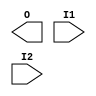
module AN2(O, I1, I2);
   output O;
   input I1, I2;
endmodule
module AN2B1(O, I1, B1);
   output O;
   input I1, B1;
endmodule
module AN2B1P(O, I1, B1);
   output O;
   input I1, B1;
endmodule
module AN2B1S(O, I1, B1);
   output O;
   input I1, B1;
endmodule
module AN2B1T(O, I1, B1);
   output O;
   input I1, B1;
endmodule
module AN2P(O, I1, I2);
   output O;
   input I1, I2;
endmodule
module AN2S(O, I1, I2);
   output O;
   input I1, I2;
endmodule
module AN2T(O, I1, I2);
   output O;
   input I1, I2;
endmodule
module AN3(O, I1, I2, I3);
   output O;
   input I1, I2, I3;
endmodule
module AN3B1(O, I1, I2, B1);
   output O;
   input I1, I2, B1;
endmodule
module AN3B1P(O, I1, I2, B1);
   output O;
   input I1, I2, B1;
endmodule
module AN3B1S(O, I1, I2, B1);
   output O;
   input I1, I2, B1;
endmodule
module AN3B1T(O, I1, I2, B1);
   output O;
   input I1, I2, B1;
endmodule
module AN3B2(O, I1, B1, B2);
   output O;
   input I1, B1, B2;
endmodule
module AN3B2P(O, I1, B1, B2);
   output O;
   input I1, B1, B2;
endmodule
module AN3B2S(O, I1, B1, B2);
   output O;
   input I1, B1, B2;
endmodule
module AN3B2T(O, I1, B1, B2);
   output O;
   input I1, B1, B2;
endmodule
module AN3P(O, I1, I2, I3);
   output O;
   input I1, I2, I3;
endmodule
module AN3S(O, I1, I2, I3);
   output O;
   input I1, I2, I3;
endmodule
module AN3T(O, I1, I2, I3);
   output O;
   input I1, I2, I3;
endmodule
module AN4(O, I1, I2, I3, I4);
   output O;
   input I1, I2, I3, I4;
endmodule
module AN4B1(O, I1, I2, I3, B1);
   output O;
   input I1, I2, I3, B1;
endmodule
module AN4B1P(O, I1, I2, I3, B1);
   output O;
   input I1, I2, I3, B1;
endmodule
module AN4B1S(O, I1, I2, I3, B1);
   output O;
   input I1, I2, I3, B1;
endmodule
module AN4B1T(O, I1, I2, I3, B1);
   output O;
   input I1, I2, I3, B1;
endmodule
module AN4P(O, I1, I2, I3, I4);
   output O;
   input I1, I2, I3, I4;
endmodule
module AN4S(O, I1, I2, I3, I4);
   output O;
   input I1, I2, I3, I4;
endmodule
module AN4T(O, I1, I2, I3, I4);
   output O;
   input I1, I2, I3, I4;
endmodule
module ANTENNA(A);
  input A;
endmodule
module AO112(O, A1, B1, C1, C2);
   output O;
   input A1, B1, C1, C2;
endmodule
module AO112P(O, A1, B1, C1, C2);
   output O;
   input A1, B1, C1, C2;
endmodule
module AO112S(O, A1, B1, C1, C2);
   output O;
   input A1, B1, C1, C2;
endmodule
module AO112T(O, A1, B1, C1, C2);
   output O;
   input A1, B1, C1, C2;
endmodule
module AO12(O, A1, B1, B2);
   output O;
   input A1, B1, B2;
endmodule
module AO12P(O, A1, B1, B2);
   output O;
   input A1, B1, B2;
endmodule
module AO12S(O, A1, B1, B2);
   output O;
   input A1, B1, B2;
endmodule
module AO12T(O, A1, B1, B2);
   output O;
   input A1, B1, B2;
endmodule
module AO13(O, A1, B1, B2, B3);
   output O;
   input A1, B1, B2, B3;
endmodule
module AO13P(O, A1, B1, B2, B3);
   output O;
   input A1, B1, B2, B3;
endmodule
module AO13S(O, A1, B1, B2, B3);
   output O;
   input A1, B1, B2, B3;
endmodule
module AO13T(O, A1, B1, B2, B3);
   output O;
   input A1, B1, B2, B3;
endmodule
module AO22(O, A1, A2, B1, B2);
   output O;
   input A1, A2, B1, B2;
endmodule
module AO222(O, A1, A2, B1, B2, C1, C2);
   output O;
   input A1, A2, B1, B2, C1, C2;
endmodule
module AO222P(O, A1, A2, B1, B2, C1, C2);
   output O;
   input A1, A2, B1, B2, C1, C2;
endmodule
module AO222S(O, A1, A2, B1, B2, C1, C2);
   output O;
   input A1, A2, B1, B2, C1, C2;
endmodule
module AO222T(O, A1, A2, B1, B2, C1, C2);
   output O;
   input A1, A2, B1, B2, C1, C2;
endmodule
module AO22P(O, A1, A2, B1, B2);
   output O;
   input A1, A2, B1, B2;
endmodule
module AO22S(O, A1, A2, B1, B2);
   output O;
   input A1, A2, B1, B2;
endmodule
module AO22T(O, A1, A2, B1, B2);
   output O;
   input A1, A2, B1, B2;
endmodule
module AOI112H(O, A1, B1, C1, C2);
   output O;
   input A1, B1, C1, C2;
endmodule
module AOI112HP(O, A1, B1, C1, C2);
   output O;
   input A1, B1, C1, C2;
endmodule
module AOI112HS(O, A1, B1, C1, C2);
   output O;
   input A1, B1, C1, C2;
endmodule
module AOI112HT(O, A1, B1, C1, C2);
   output O;
   input A1, B1, C1, C2;
endmodule
module AOI12H(O, A1, B1, B2);
   output O;
   input A1, B1, B2;
endmodule
module AOI12HP(O, A1, B1, B2);
   output O;
   input A1, B1, B2;
endmodule
module AOI12HS(O, A1, B1, B2);
   output O;
   input A1, B1, B2;
endmodule
module AOI12HT(O, A1, B1, B2);
   output O;
   input A1, B1, B2;
endmodule
module AOI13H(O, A1, B1, B2, B3);
   output O;
   input A1, B1, B2, B3;
endmodule
module AOI13HP(O, A1, B1, B2, B3);
   output O;
   input A1, B1, B2, B3;
endmodule
module AOI13HS(O, A1, B1, B2, B3);
   output O;
   input A1, B1, B2, B3;
endmodule
module AOI13HT(O, A1, B1, B2, B3);
   output O;
   input A1, B1, B2, B3;
endmodule
module AOI222H(O, A1, A2, B1, B2, C1, C2);
   output O;
   input A1, A2, B1, B2, C1, C2;
endmodule
module AOI222HP(O, A1, A2, B1, B2, C1, C2);
   output O;
   input A1, A2, B1, B2, C1, C2;
endmodule
module AOI222HS(O, A1, A2, B1, B2, C1, C2);
   output O;
   input A1, A2, B1, B2, C1, C2;
endmodule
module AOI22H(O, A1, A2, B1, B2);
   output O;
   input A1, A2, B1, B2;
endmodule
module AOI22HP(O, A1, A2, B1, B2);
   output O;
   input A1, A2, B1, B2;
endmodule
module AOI22HT(O, A1, A2, B1, B2);
   output O;
   input A1, A2, B1, B2;
endmodule
module AOI22S(O, A1, A2, B1, B2);
   output O;
   input A1, A2, B1, B2;
endmodule
module BHD1(H);
  inout H;
endmodule
module BUF1(O, I);
   output O;
   input I;
endmodule
module BUF12CK(O, I);
   output O;
   input I;
endmodule
module BUF1CK(O, I);
   output O;
   input I;
endmodule
module BUF1S(O, I);
   output O;
   input I;
endmodule
module BUF2(O, I);
   output O;
   input I;
endmodule
module BUF2CK(O, I);
   output O;
   input I;
endmodule
module BUF3(O, I);
   output O;
   input I;
endmodule
module BUF3CK(O, I);
   output O;
   input I;
endmodule
module BUF4(O, I);
   output O;
   input I;
endmodule
module BUF4CK(O, I);
   output O;
   input I;
endmodule
module BUF6(O, I);
   output O;
   input I;
endmodule
module BUF6CK(O, I);
   output O;
   input I;
endmodule
module BUF8(O, I);
   output O;
   input I;
endmodule
module BUF8CK(O, I);
   output O;
   input I;
endmodule
module BUFB1(O, I, EB);
   output O;
   input I, EB;
endmodule
module BUFB2(O, I, EB);
   output O;
   input I, EB;
endmodule
module BUFB3(O, I, EB);
   output O;
   input I, EB;
endmodule
module BUFT1(O, I, E);
   output O;
   input I, E;
endmodule
module BUFT2(O, I, E);
   output O;
   input I, E;
endmodule
module BUFT3(O, I, E);
   output O;
   input I, E;
endmodule
module BUFT4(O, I, E);
   output O;
   input I, E;
endmodule
module CMPE4(OEQ, A0, B0, A1, B1, A2, B2, A3, B3);
   input A0, B0, A1, B1, A2, B2, A3, B3;
   output OEQ;
endmodule
module CMPE4S(OEQ, A0, B0, A1, B1, A2, B2, A3, B3);
   input A0, B0, A1, B1, A2, B2, A3, B3;
   output OEQ;
endmodule
module DBFRBN(Q, QB, D, CKB, RB);
   output Q, QB;
   input D, CKB, RB;
endmodule
module DBFRSBN(Q, QB, D, CKB, RB, SB);
   output Q, QB;
   input D, CKB, RB, SB;
endmodule
module DBHRBN(Q, QB, D, CKB, RB);
   output Q, QB;
   input D, CKB, RB;
endmodule
module DBHRBS(Q, QB, D, CKB, RB);
   output Q, QB;
   input D, CKB, RB;
endmodule
module DBZRBN(Q, QB, D, TD, CKB, SEL, RB);
   output Q, QB;
   input D, CKB, TD, SEL, RB;
endmodule
module DBZRSBN(Q, QB, D, TD, CKB, SEL, RB, SB);
   output Q, QB;
   input D, TD, CKB, RB, SB, SEL;
endmodule
module DELA(O, I);
  output O;
  input I;
endmodule
module DELB(O, I);
  output O;
  input I;
endmodule
module DELC(O, I);
  output O;
  input I;
endmodule
module DFCLRBN(Q, QB, D, CK, RB, LD);
   output Q, QB;
   input D, CK, RB, LD;
endmodule
module DFCRBN(Q, QB, D, CK, RB);
   output Q, QB;
   input D, CK, RB;
endmodule
module DFFN(Q, QB, D, CK);
   output Q, QB;
   input D, CK;
endmodule
module DFFP(Q, QB, D, CK);
   output Q, QB;
   input D, CK;
endmodule
module DFFRBN(Q, QB, D, CK, RB);
   output Q, QB;
   input D, CK, RB;
endmodule
module DFFRBP(Q, QB, D, CK, RB);
   output Q, QB;
   input D, CK, RB;
endmodule
module DFFRBS(Q, QB, D, CK, RB);
   output Q, QB;
   input D, CK, RB;
endmodule
module DFFRBT(Q, QB, D, CK, RB);
   output Q, QB;
   input D, CK, RB;
endmodule
module DFFRSBN(Q, QB, D, CK, RB, SB);
   output Q, QB;
   input D, CK, RB, SB;
endmodule
module DFFS(Q, QB, D, CK);
   output Q, QB;
   input D, CK;
endmodule
module DFFSBN(Q, QB, D, CK, SB);
   output Q, QB;
   input D, CK, SB;
endmodule
module DFTRBN(Q, QZ, D, CK, RB, E);
   output QZ;
   output Q;
   input D,CK, E, RB;
endmodule
module DFTRBS(Q, QZ, D, CK, RB, E);
   output QZ;
   output Q;
   input D,CK, E, RB;
endmodule
module DFZCLRBN(Q, QB, D, TD, CK, RB, SEL, LD);
   output Q, QB;
   input D, TD, CK, RB, SEL, LD;
endmodule
module DFZCRBN(Q, QB, D, TD, CK, SEL, RB);
   output Q, QB;
   input D, TD, CK, SEL, RB;
endmodule
module DFZN(Q, QB, D, TD, CK, SEL);
   output Q, QB;
   input D, CK, TD, SEL;
endmodule
module DFZP(Q, QB, D, TD, CK, SEL);
   output Q, QB;
   input D, CK, TD, SEL;
endmodule
module DFZRBN(Q, QB, D, TD, CK, SEL, RB);
   output Q, QB;
   input D, CK, TD, RB, SEL;
endmodule
module DFZRBP(Q, QB, D, TD, CK, SEL, RB);
   output Q, QB;
   input D, CK, TD, RB, SEL;
endmodule
module DFZRBS(Q, QB, D, TD, CK, SEL, RB);
   output Q, QB;
   input D, CK, TD, RB, SEL;
endmodule
module DFZRBT(Q, QB, D, TD, CK, SEL, RB);
   output Q, QB;
   input D, CK, TD, RB, SEL;
endmodule
module DFZRSBN(Q, QB, D, TD, CK, SEL, RB, SB);
   output Q, QB;
   input D, CK, TD, SB, SEL, RB;
endmodule
module DFZS(Q, QB, D, TD, CK, SEL);
   output Q, QB;
   input D, CK, TD, SEL;
endmodule
module DFZSBN(Q, QB, D, TD, CK, SEL, SB);
   output Q, QB;
   input D, CK, TD, SB, SEL;
endmodule
module DFZTRBN(Q, QZ, D, TD, CK, SEL, RB, E);
   output QZ;
   output Q;
   input D, TD, CK, E, SEL, RB;
endmodule
module DFZTRBS(Q, QZ, D, TD, CK, SEL, RB, E);
   output QZ;
   output Q;
   input D, TD, CK, E, SEL, RB;
endmodule
module DLHN(Q, QB, D, CK);
   output Q, QB;
   input D, CK;
endmodule
module DLHP(Q, QB, D, CK);
   output Q, QB;
   input D, CK;
endmodule
module DLHRBN(Q, QB, D, CK, RB);
   output Q, QB;
   input D, CK, RB;
endmodule
module DLHRBP(Q, QB, D, CK, RB);
   output Q, QB;
   input D, CK, RB;
endmodule
module DLHRBS(Q, QB, D, CK, RB);
   output Q, QB;
   input D, CK, RB;
endmodule
module DLHS(Q, QB, D, CK);
   output Q, QB;
   input D, CK;
endmodule
module FA1(S, CO, A, B, CI);
   output S, CO;
   input A, B, CI;
endmodule
module FA1P(S, CO, A, B, CI);
   output S, CO;
   input A, B, CI;
endmodule
module FA1S(S, CO, A, B, CI);
   output S, CO;
   input A, B, CI;
endmodule
module FA1T(S, CO, A, B, CI);
   output S, CO;
   input A, B, CI;
endmodule
module FA2(S, CO, A, B, CI);
   output S, CO;
   input A, B, CI;
endmodule
module FA2P(S, CO, A, B, CI);
   output S, CO;
   input A, B, CI;
endmodule
module FA2S(S, CO, A, B, CI);
   output S, CO;
   input A, B, CI;
endmodule
module FA3(S, CO, A, B, CI);
   output S, CO;
   input A, B, CI;
endmodule
module FA3P(S, CO, A, B, CI);
   output S, CO;
   input A, B, CI;
endmodule
module FA3S(S, CO, A, B, CI);
   output S, CO;
   input A, B, CI;
endmodule
module FACS1(S, CO0, CO1, A, B, CI0, CI1, CS);
   output S, CO0, CO1;
   input A, B, CI0, CI1, CS;
endmodule
module FACS1P(S, CO0, CO1, A, B, CI0, CI1, CS);
   output S, CO0, CO1;
   input A, B, CI0, CI1, CS;
endmodule
module FACS1S(S, CO0, CO1, A, B, CI0, CI1, CS);
   output S, CO0, CO1;
   input A, B, CI0, CI1, CS;
endmodule
module FACS2(S, CO0, CO1, A, B, CI0, CI1, CS);
   output S, CO0, CO1;
   input A, B, CI0, CI1, CS;
endmodule
module FACS2P(S, CO0, CO1, A, B, CI0, CI1, CS);
   output S, CO0, CO1;
   input A, B, CI0, CI1, CS;
endmodule
module FACS2S(S, CO0, CO1, A, B, CI0, CI1, CS);
   output S, CO0, CO1;
   input A, B, CI0, CI1, CS;
endmodule
module GCKETF(Q, E, TE, CK);
   output Q;
   input E, TE, CK;
endmodule
module GCKETN(Q, E, TE, CK);
   output Q;
   input E, TE, CK;
endmodule
module GCKETP(Q, E, TE, CK);
   output Q;
   input E, TE, CK;
endmodule
module GCKETT(Q, E, TE, CK);
   output Q;
   input E, TE, CK;
endmodule
module HA1(S, C, A, B);
   output S, C;
   input A, B;
endmodule
module HA1P(S, C, A, B);
   output S, C;
   input A, B;
endmodule
module HA1S(S, C, A, B);
   output S, C;
   input A, B;
endmodule
module HA1T(S, C, A, B);
   output S, C;
   input A, B;
endmodule
module HA2(S, C, A, B);
   output S, C;
   input A, B;
endmodule
module HA2P(S, C, A, B);
   output S, C;
   input A, B;
endmodule
module HA2T(S, C, A, B);
   output S, C;
   input A, B;
endmodule
module HA3(S, C, A, B);
   output S, C;
   input A, B;
endmodule
module HA3P(S, C, A, B);
   output S, C;
   input A, B;
endmodule
module HA3T(S, C, A, B);
   output S, C;
   input A, B;
endmodule
module INV1(O, I);
   output O;
   input I;
endmodule
module INV12(O, I);
   output O;
   input I;
endmodule
module INV12CK(O, I);
   output O;
   input I;
endmodule
module INV1CK(O, I);
   output O;
   input I;
endmodule
module INV1S(O, I);
   output O;
   input I;
endmodule
module INV2(O, I);
   output O;
   input I;
endmodule
module INV2CK(O, I);
   output O;
   input I;
endmodule
module INV3(O, I);
   output O;
   input I;
endmodule
module INV3CK(O, I);
   output O;
   input I;
endmodule
module INV4(O, I);
   output O;
   input I;
endmodule
module INV4CK(O, I);
   output O;
   input I;
endmodule
module INV6(O, I);
   output O;
   input I;
endmodule
module INV6CK(O, I);
   output O;
   input I;
endmodule
module INV8(O, I);
   output O;
   input I;
endmodule
module INV8CK(O, I);
   output O;
   input I;
endmodule
module INVT1(O, I, E);
   output O;
   input I, E;
endmodule
module INVT2(O, I, E);
   output O;
   input I, E;
endmodule
module INVT4(O, I, E);
   output O;
   input I, E;
endmodule
module JKFN(Q, QB, J, K, CK);
   output Q, QB;
   input J, K, CK;
endmodule
module JKFRBN(Q, QB, J, K, CK, RB);
   output Q, QB;
   input J, K, CK, RB;
endmodule
module JKFRBP(Q, QB, J, K, CK, RB);
   output Q, QB;
   input J, K, CK, RB;
endmodule
module JKZN(Q, QB, J, K, TD, CK, SEL);
   output Q, QB;
   input J, K, CK, TD, SEL;
endmodule
module JKZRBN(Q, QB, J, K, TD, CK, SEL, RB);
   output Q, QB;
   input J, K, CK, TD, SEL, RB;
endmodule
module JKZRBP(Q, QB, J, K, TD, CK, SEL, RB);
   output Q, QB;
   input J, K, CK, TD, SEL, RB;
endmodule
module MAO222(O, A1, B1, C1);
   output O;
   input A1, B1, C1;
endmodule
module MAO222P(O, A1, B1, C1);
   output O;
   input A1, B1, C1;
endmodule
module MAO222S(O, A1, B1, C1);
   output O;
   input A1, B1, C1;
endmodule
module MAO222T(O, A1, B1, C1);
   output O;
   input A1, B1, C1;
endmodule
module MAOI1(O, A1, A2, B1, B2);
   output O;
   input A1, A2, B1, B2;
endmodule
module MAOI1H(O, A1, A2, B1, B2);
   output O;
   input A1, A2, B1, B2;
endmodule
module MAOI1HP(O, A1, A2, B1, B2);
   output O;
   input A1, A2, B1, B2;
endmodule
module MAOI1HT(O, A1, A2, B1, B2);
   output O;
   input A1, A2, B1, B2;
endmodule
module MAOI1S(O, A1, A2, B1, B2);
   output O;
   input A1, A2, B1, B2;
endmodule
module MOAI1(O, A1, A2, B1, B2);
   output O;
   input A1, A2, B1, B2;
endmodule
module MOAI1H(O, A1, A2, B1, B2);
   output O;
   input A1, A2, B1, B2;
endmodule
module MOAI1HP(O, A1, A2, B1, B2);
   output O;
   input A1, A2, B1, B2;
endmodule
module MOAI1HT(O, A1, A2, B1, B2);
   output O;
   input A1, A2, B1, B2;
endmodule
module MOAI1S(O, A1, A2, B1, B2);
   output O;
   input A1, A2, B1, B2;
endmodule
module MULBE(S, M, Z, M0, M1, M2);
   output S, M, Z;
   input M0, M1, M2;
endmodule
module MULBEP(S, M, Z, M0, M1, M2);
   output S, M, Z;
   input M0, M1, M2;
endmodule
module MULBET(S, M, Z, M0, M1, M2);
   output S, M, Z;
   input M0, M1, M2;
endmodule
module MULPA(P, S, M, Z, M0, M1);
   output P;
   input S, M, Z, M1, M0;
endmodule
module MULPAP(P, S, M, Z, M0, M1);
   output P;
   input S, M, Z, M1, M0;
endmodule
module MULPAT(P, S, M, Z, M0, M1);
   output P;
   input S, M, Z, M1, M0;
endmodule
module MUX2(O, S, A, B);
   input A, B, S;
   output O;
endmodule
module MUX2F(O, S, A, B);
   input A, B, S;
   output O;
endmodule
module MUX2P(O, S, A, B);
   input A, B, S;
   output O;
endmodule
module MUX2S(O, S, A, B);
   input A, B, S;
   output O;
endmodule
module MUX2T(O, S, A, B);
   input A, B, S;
   output O;
endmodule
module MUX3(O, S0, S1, A, B, C);
   input A, B, C, S0, S1;
   output O;
endmodule
module MUX3P(O, S0, S1, A, B, C);
   input A, B, C, S0, S1;
   output O;
endmodule
module MUX3S(O, S0, S1, A, B, C);
   input A, B, C, S0, S1;
   output O;
endmodule
module MUX3T(O, S0, S1, A, B, C);
   input A, B, C, S0, S1;
   output O;
endmodule
module MUX4(O, S0, S1, A, B, C, D);
   output O;
   input S0, S1, A, B, C, D;
endmodule
module MUX4P(O, S0, S1, A, B, C, D);
   output O;
   input S0, S1, A, B, C, D;
endmodule
module MUX4S(O, S0, S1, A, B, C, D);
   output O;
   input S0, S1, A, B, C, D;
endmodule
module MUX4T(O, S0, S1, A, B, C, D);
   output O;
   input S0, S1, A, B, C, D;
endmodule
module MUXB2(O, S, A, B, EB);
   input A, B, S, EB;
   output O;
endmodule
module MUXB2P(O, S, A, B, EB);
   input A, B, S, EB;
   output O;
endmodule
module MUXB2S(O, S, A, B, EB);
   input A, B, S, EB;
   output O;
endmodule
module MUXB2T(O, S, A, B, EB);
   input A, B, S, EB;
   output O;
endmodule
module MUXB4(O, S0, S1, A, B, C, D, EB);
   output O;
   input S0, S1, A, B, C, D, EB;
endmodule
module MUXB4P(O, S0, S1, A, B, C, D, EB);
   output O;
   input S0, S1, A, B, C, D, EB;
endmodule
module MUXB4S(O, S0, S1, A, B, C, D, EB);
   output O;
   input S0, S1, A, B, C, D, EB;
endmodule
module MUXB4T(O, S0, S1, A, B, C, D, EB);
   output O;
   input S0, S1, A, B, C, D, EB;
endmodule
module MXL2H(OB, S, A, B);
   input A, B, S;
   output OB;
endmodule
module MXL2HF(OB, S, A, B);
   input A, B, S;
   output OB;
endmodule
module MXL2HP(OB, S, A, B);
   input A, B, S;
   output OB;
endmodule
module MXL2HS(OB, S, A, B);
   input A, B, S;
   output OB;
endmodule
module MXL2HT(OB, S, A, B);
   input A, B, S;
   output OB;
endmodule
module MXL3(OB, S0, S1, A, B, C);
   input A, B, C, S0, S1;
   output OB;
endmodule
module MXL3P(OB, S0, S1, A, B, C);
   input A, B, C, S0, S1;
   output OB;
endmodule
module MXL3S(OB, S0, S1, A, B, C);
   input A, B, C, S0, S1;
   output OB;
endmodule
module MXL3T(OB, S0, S1, A, B, C);
   input A, B, C, S0, S1;
   output OB;
endmodule
module ND2(O, I1, I2);
   output O;
   input I1, I2;
endmodule
module ND2F(O, I1, I2);
   output O;
   input I1, I2;
endmodule
module ND2P(O, I1, I2);
   output O;
   input I1, I2;
endmodule
module ND2S(O, I1, I2);
   output O;
   input I1, I2;
endmodule
module ND2T(O, I1, I2);
   output O;
   input I1, I2;
endmodule
module ND3(O, I1, I2, I3);
   output O;
   input I1, I2, I3;
endmodule
module ND3HT(O, I1, I2, I3);
   output O;
   input I1, I2, I3;
endmodule
module ND3P(O, I1, I2, I3);
   output O;
   input I1, I2, I3;
endmodule
module ND3S(O, I1, I2, I3);
   output O;
   input I1, I2, I3;
endmodule
module ND4(O, I1, I2, I3, I4);
   output O;
   input I1, I2, I3, I4;
endmodule
module ND4P(O, I1, I2, I3, I4);
   output O;
   input I1, I2, I3, I4;
endmodule
module ND4S(O, I1, I2, I3, I4);
   output O;
   input I1, I2, I3, I4;
endmodule
module ND4T(O, I1, I2, I3, I4);
   output O;
   input I1, I2, I3, I4;
endmodule
module NR2(O, I1, I2);
   output O;
   input I1, I2;
endmodule
module NR2F(O, I1, I2);
   output O;
   input I1, I2;
endmodule
module NR2P(O, I1, I2);
   output O;
   input I1, I2;
endmodule
module NR2T(O, I1, I2);
   output O;
   input I1, I2;
endmodule
module NR3(O, I1, I2, I3);
   output O;
   input I1, I2, I3;
endmodule
module NR3H(O, I1, I2, I3);
   output O;
   input I1, I2, I3;
endmodule
module NR3HP(O, I1, I2, I3);
   output O;
   input I1, I2, I3;
endmodule
module NR3HT(O, I1, I2, I3);
   output O;
   input I1, I2, I3;
endmodule
module NR4(O, I1, I2, I3, I4);
   output O;
   input I1, I2, I3, I4;
endmodule
module NR4P(O, I1, I2, I3, I4);
   output O;
   input I1, I2, I3, I4;
endmodule
module NR4S(O, I1, I2, I3, I4);
   output O;
   input I1, I2, I3, I4;
endmodule
module NR4T(O, I1, I2, I3, I4);
   output O;
   input I1, I2, I3, I4;
endmodule
module OA112(O, A1, B1, C1, C2);
   output O;
   input A1, B1, C1, C2;
endmodule
module OA112P(O, A1, B1, C1, C2);
   output O;
   input A1, B1, C1, C2;
endmodule
module OA112S(O, A1, B1, C1, C2);
   output O;
   input A1, B1, C1, C2;
endmodule
module OA112T(O, A1, B1, C1, C2);
   output O;
   input A1, B1, C1, C2;
endmodule
module OA12(O, A1, B1, B2);
   output O;
   input A1, B1, B2;
endmodule
module OA12P(O, A1, B1, B2);
   output O;
   input A1, B1, B2;
endmodule
module OA12S(O, A1, B1, B2);
   output O;
   input A1, B1, B2;
endmodule
module OA12T(O, A1, B1, B2);
   output O;
   input A1, B1, B2;
endmodule
module OA13(O, A1, B1, B2, B3);
   output O;
   input A1, B1, B2, B3;
endmodule
module OA13P(O, A1, B1, B2, B3);
   output O;
   input A1, B1, B2, B3;
endmodule
module OA13S(O, A1, B1, B2, B3);
   output O;
   input A1, B1, B2, B3;
endmodule
module OA13T(O, A1, B1, B2, B3);
   output O;
   input A1, B1, B2, B3;
endmodule
module OA22(O, A1, A2, B1, B2);
   output O;
   input A1, A2, B1, B2;
endmodule
module OA222(O, A1, A2, B1, B2, C1, C2);
   output O;
   input A1, A2, B1, B2, C1, C2;
endmodule
module OA222P(O, A1, A2, B1, B2, C1, C2);
   output O;
   input A1, A2, B1, B2, C1, C2;
endmodule
module OA222S(O, A1, A2, B1, B2, C1, C2);
   output O;
   input A1, A2, B1, B2, C1, C2;
endmodule
module OA222T(O, A1, A2, B1, B2, C1, C2);
   output O;
   input A1, A2, B1, B2, C1, C2;
endmodule
module OA22P(O, A1, A2, B1, B2);
   output O;
   input A1, A2, B1, B2;
endmodule
module OA22S(O, A1, A2, B1, B2);
   output O;
   input A1, A2, B1, B2;
endmodule
module OA22T(O, A1, A2, B1, B2);
   output O;
   input A1, A2, B1, B2;
endmodule
module OAI112H(O, A1, B1, C1, C2);
   output O;
   input A1, B1, C1, C2;
endmodule
module OAI112HP(O, A1, B1, C1, C2);
   output O;
   input A1, B1, C1, C2;
endmodule
module OAI112HS(O, A1, B1, C1, C2);
   output O;
   input A1, B1, C1, C2;
endmodule
module OAI112HT(O, A1, B1, C1, C2);
   output O;
   input A1, B1, C1, C2;
endmodule
module OAI12H(O, A1, B1, B2);
   output O;
   input A1, B1, B2;
endmodule
module OAI12HP(O, A1, B1, B2);
   output O;
   input A1, B1, B2;
endmodule
module OAI12HS(O, A1, B1, B2);
   output O;
   input A1, B1, B2;
endmodule
module OAI12HT(O, A1, B1, B2);
   output O;
   input A1, B1, B2;
endmodule
module OAI13H(O, A1, B1, B2, B3);
   output O;
   input A1, B1, B2, B3;
endmodule
module OAI13HP(O, A1, B1, B2, B3);
   output O;
   input A1, B1, B2, B3;
endmodule
module OAI13HS(O, A1, B1, B2, B3);
   output O;
   input A1, B1, B2, B3;
endmodule
module OAI13HT(O, A1, B1, B2, B3);
   output O;
   input A1, B1, B2, B3;
endmodule
module OAI222H(O, A1, A2, B1, B2, C1, C2);
   output O;
   input A1, A2, B1, B2, C1, C2;
endmodule
module OAI222HP(O, A1, A2, B1, B2, C1, C2);
   output O;
   input A1, A2, B1, B2, C1, C2;
endmodule
module OAI222HT(O, A1, A2, B1, B2, C1, C2);
   output O;
   input A1, A2, B1, B2, C1, C2;
endmodule
module OAI222S(O, A1, A2, B1, B2, C1, C2);
   output O;
   input A1, A2, B1, B2, C1, C2;
endmodule
module OAI22H(O, A1, A2, B1, B2);
   output O;
   input A1, A2, B1, B2;
endmodule
module OAI22HP(O, A1, A2, B1, B2);
   output O;
   input A1, A2, B1, B2;
endmodule
module OAI22HT(O, A1, A2, B1, B2);
   output O;
   input A1, A2, B1, B2;
endmodule
module OAI22S(O, A1, A2, B1, B2);
   output O;
   input A1, A2, B1, B2;
endmodule
module OR2(O, I1, I2);
   output O;
   input I1, I2;
endmodule
module OR2B1(O, I1, B1);
   output O;
   input I1, B1;
endmodule
module OR2B1P(O, I1, B1);
   output O;
   input I1, B1;
endmodule
module OR2B1S(O, I1, B1);
   output O;
   input I1, B1;
endmodule
module OR2B1T(O, I1, B1);
   output O;
   input I1, B1;
endmodule
module OR2P(O, I1, I2);
   output O;
   input I1, I2;
endmodule
module OR2S(O, I1, I2);
   output O;
   input I1, I2;
endmodule
module OR2T(O, I1, I2);
   output O;
   input I1, I2;
endmodule
module OR3(O, I1, I2, I3);
   output O;
   input I1, I2, I3;
endmodule
module OR3B1(O, I1, I2, B1);
   output O;
   input I1, I2, B1;
endmodule
module OR3B1P(O, I1, I2, B1);
   output O;
   input I1, I2, B1;
endmodule
module OR3B1S(O, I1, I2, B1);
   output O;
   input I1, I2, B1;
endmodule
module OR3B1T(O, I1, I2, B1);
   output O;
   input I1, I2, B1;
endmodule
module OR3B2(O, I1, B1, B2);
   output O;
   input I1, B1, B2;
endmodule
module OR3B2P(O, I1, B1, B2);
   output O;
   input I1, B1, B2;
endmodule
module OR3B2S(O, I1, B1, B2);
   output O;
   input I1, B1, B2;
endmodule
module OR3B2T(O, I1, B1, B2);
   output O;
   input I1, B1, B2;
endmodule
module OR3P(O, I1, I2, I3);
   output O;
   input I1, I2, I3;
endmodule
module OR3S(O, I1, I2, I3);
   output O;
   input I1, I2, I3;
endmodule
module OR3T(O, I1, I2, I3);
   output O;
   input I1, I2, I3;
endmodule
module PDI(O, EB);
   input EB;
   output O;
endmodule
module PDIX(O, EB);
   input EB;
   output O;
endmodule
module PUI(O, E);
   input E;
   output O;
endmodule
module QDBHN(Q, D, CKB);
   output Q;
   input D, CKB;
endmodule
module QDBHS(Q, D, CKB);
   output Q;
   input D, CKB;
endmodule
module QDFFN(Q, D, CK);
   output Q;
   input D, CK;
endmodule
module QDFFP(Q, D, CK);
   output Q;
   input D, CK;
endmodule
module QDFFRBN(Q, D, CK, RB);
   output Q;
   input D, CK, RB;
endmodule
module QDFFRBP(Q, D, CK, RB);
   output Q;
   input D, CK, RB;
endmodule
module QDFFRBS(Q, D, CK, RB);
   output Q;
   input D, CK, RB;
endmodule
module QDFFRBT(Q, D, CK, RB);
   output Q;
   input D, CK, RB;
endmodule
module QDFFRSBN(Q, D, CK, RB, SB);
   output Q;
   input D, CK, RB, SB;
endmodule
module QDFFS(Q, D, CK);
   output Q;
   input D, CK;
endmodule
module QDFZN(Q, D, TD, CK, SEL);
   output Q;
   input D, CK, TD, SEL;
endmodule
module QDFZP(Q, D, TD, CK, SEL);
   output Q;
   input D, CK, TD, SEL;
endmodule
module QDFZRBN(Q, D, TD, CK, SEL, RB);
   output Q;
   input D, CK, TD, RB, SEL;
endmodule
module QDFZRBP(Q, D, TD, CK, SEL, RB);
   output Q;
   input D, CK, TD, RB, SEL;
endmodule
module QDFZRBS(Q, D, TD, CK, SEL, RB);
   output Q;
   input D, CK, TD, RB, SEL;
endmodule
module QDFZRBT(Q, D, TD, CK, SEL, RB);
   output Q;
   input D, CK, TD, RB, SEL;
endmodule
module QDFZRSBN(Q, D, TD, CK, SEL, RB, SB);
   output Q;
   input D, TD, CK, RB, SB, SEL;
endmodule
module QDFZS(Q, D, TD, CK, SEL);
   output Q;
   input D, CK, TD, SEL;
endmodule
module QDLHN(Q, D, CK);
   output Q;
   input D, CK;
endmodule
module QDLHP(Q, D, CK);
   output Q;
   input D, CK;
endmodule
module QDLHRBN(Q, D, CK, RB);
   output Q;
   input D, CK, RB;
endmodule
module QDLHRBP(Q, D, CK, RB);
   output Q;
   input D, CK, RB;
endmodule
module QDLHRBS(Q, D, CK, RB);
   output Q;
   input D, CK, RB;
endmodule
module QDLHS(Q, D, CK);
   output Q;
   input D, CK;
endmodule
module QDLHSN(Q, D, CK, S);
   input D, CK, S;
   output Q;
endmodule
module RAM2(QB, QBZ, D, W, RD);
   output QBZ;
   input D, W, RD;
   output QB;
endmodule
module RAM2S(QB, QBZ, D, W, RD);
   output QBZ;
   input D, W, RD;
   output QB;
endmodule
module RAM3(Q, QZ, D, W, RD);
   output QZ;
   input D, W, RD;
   output Q;
endmodule
module RAM3S(Q, QZ, D, W, RD);
   output QZ;
   input D, W, RD;
   output Q;
endmodule
module RAM5(QZ0, QZ1, D, W, RD0, RD1);
   output QZ0, QZ1;
   input D, W, RD0, RD1;
endmodule
module RAM5S(QZ0, QZ1, D, W, RD0, RD1);
   output QZ0, QZ1;
   input D, W, RD0, RD1;
endmodule
module TIE0(O);
  output O;
endmodule
module TIE1(O);
  output O;
endmodule
module XNR2H(O, I1, I2);
   output O;
   input I1, I2;
endmodule
module XNR2HP(O, I1, I2);
   output O;
   input I1, I2;
endmodule
module XNR2HS(O, I1, I2);
   output O;
   input I1, I2;
endmodule
module XNR2HT(O, I1, I2);
   output O;
   input I1, I2;
endmodule
module XNR3(O, I1, I2, I3);
   output O;
   input I1, I2, I3;
endmodule
module XNR3P(O, I1, I2, I3);
   output O;
   input I1, I2, I3;
endmodule
module XNR3S(O, I1, I2, I3);
   output O;
   input I1, I2, I3;
endmodule
module XNR3T(O, I1, I2, I3);
   output O;
   input I1, I2, I3;
endmodule
module XNR4(O, I1, I2, I3, I4);
   output O;
   input I1, I2, I3, I4;
endmodule
module XNR4P(O, I1, I2, I3, I4);
   output O;
   input I1, I2, I3, I4;
endmodule
module XNR4S(O, I1, I2, I3, I4);
   output O;
   input I1, I2, I3, I4;
endmodule
module XNR4T(O, I1, I2, I3, I4);
   output O;
   input I1, I2, I3, I4;
endmodule
module XOR2H(O, I1, I2);
   output O;
   input I1, I2;
endmodule
module XOR2HP(O, I1, I2);
   output O;
   input I1, I2;
endmodule
module XOR2HS(O, I1, I2);
   output O;
   input I1, I2;
endmodule
module XOR2HT(O, I1, I2);
   output O;
   input I1, I2;
endmodule
module XOR3(O, I1, I2, I3);
   output O;
   input I1, I2, I3;
endmodule
module XOR3P(O, I1, I2, I3);
   output O;
   input I1, I2, I3;
endmodule
module XOR3S(O, I1, I2, I3);
   output O;
   input I1, I2, I3;
endmodule
module XOR3T(O, I1, I2, I3);
   output O;
   input I1, I2, I3;
endmodule
module XOR4(O, I1, I2, I3, I4);
   output O;
   input I1, I2, I3, I4;
endmodule
module XOR4P(O, I1, I2, I3, I4);
   output O;
   input I1, I2, I3, I4;
endmodule
module XOR4S(O, I1, I2, I3, I4);
   output O;
   input I1, I2, I3, I4;
endmodule
module XOR4T(O, I1, I2, I3, I4);
   output O;
   input I1, I2, I3, I4;
endmodule